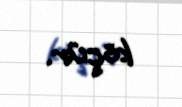
köçür.